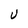
Character: U